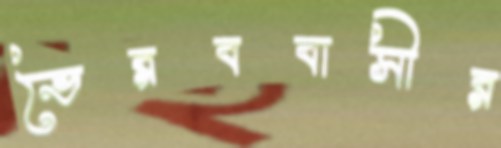
ভৈরববাসীর